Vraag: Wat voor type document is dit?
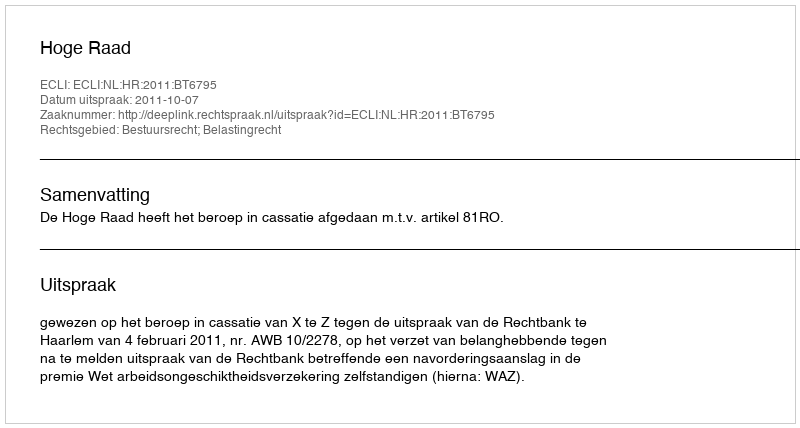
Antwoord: Uitspraak